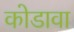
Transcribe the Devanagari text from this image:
कोडावा